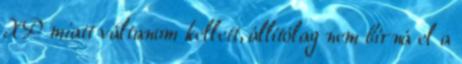
XP miatt váltanom kellett, állítólag nem bírná el a